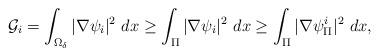
LaTeX: \begin{align*}\mathcal{G}_i=\int_{\Omega_\delta}|\nabla \psi_i|^2~dx\geq \int_{\Pi}|\nabla \psi_i|^2~dx \geq \int_{\Pi}|\nabla \psi^i_{\Pi}|^2~dx,\end{align*}